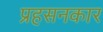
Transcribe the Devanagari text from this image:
प्रहसनकार